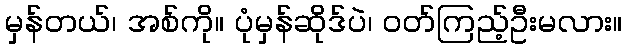
မှန်တယ်၊ အစ်ကို။ ပုံမှန်ဆိုဒ်ပဲ၊ ဝတ်ကြည့်ဦးမလား။